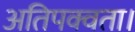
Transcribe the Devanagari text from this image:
अतिपक्वता।